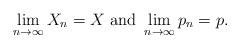
LaTeX: \begin{align*}\lim\limits_{n \to \infty} X_n = X \ \textrm{and} \ \lim\limits_{n \to \infty} p_n = p.\end{align*}